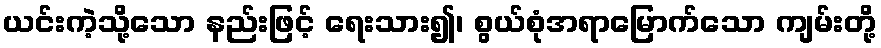
ယင်းကဲ့သို့သော နည်းဖြင့် ရေးသား၍၊ စွယ်စုံအရာမြောက်သော ကျမ်းတို့